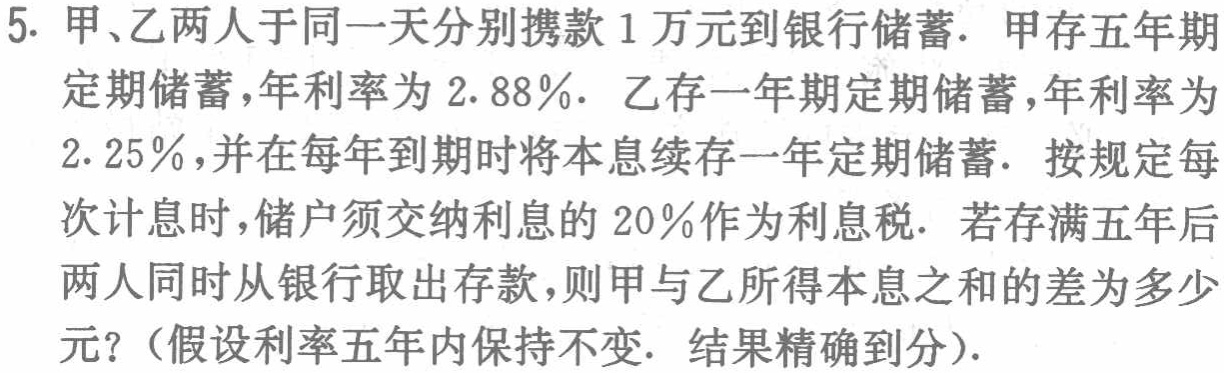
5. 甲、乙两人于同一天分别携款 1 万元到银行储蓄．甲存五年期定期储蓄，年利率为 \(2.88\%\)．乙存一年期定期储蓄，年利率为 \(2.25\%\)，并在每年到期时将本息续存一年定期储蓄．按规定每次计息时，储户须交纳利息的 \(20\%\)作为利息税．若存满五年后两人同时从银行取出存款，则甲与乙所得本息之和的差为多少元？（假设利率五年内保持不变．结果精确到分）．